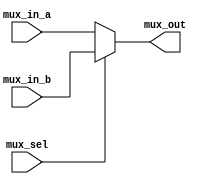
`timescale 1ns / 1ps
//////////////////////////////////////////////////////////////////////////////////
// Company: 
// Engineer: 
// 
// Design Name: 
// Module Name: mux4
// Project Name: 
// Target Devices: 
// Tool Versions: 
// Description: 
// 
// Dependencies: 
// 
// Revision:
// Revision 0.01 - File Created
// Additional Comments:
// 
//////////////////////////////////////////////////////////////////////////////////


module mux4(

    input [3:0] mux_in_a,
    input [3:0] mux_in_b,
    input mux_sel,
    output reg [3:0] mux_out

    );
    
    always@(*) begin
    
        if(mux_sel == 0)
            mux_out = mux_in_a;
        else 
            mux_out = mux_in_b;
    
    end
    
endmodule